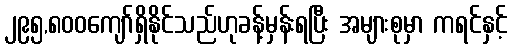
၂၉၅,၈၀၀ကျော်ရှိနိုင်သည်ဟုခန့်မှန်းရပြီး အများစုမှာ ကရင်နှင့်